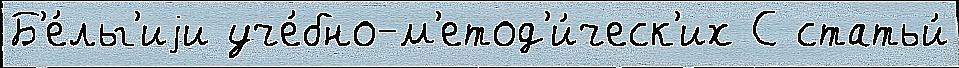
Б'е́льг'иjи уче́бно-м'етод'и́ческ'их С статьи́